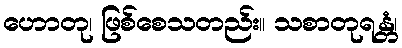
ဟောတု၊ ဖြစ်စေသတည်း။ သစာတုရန္တံ၊